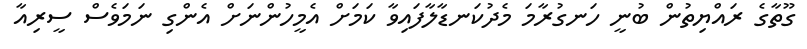
ގޫތާގެ ރައްޔިތުން ބުނީ ހަނގުރާމަ މެދުކަނޑާލާފައިވާ ކަމަށް އެމީހުންނަށް އެންގި ނަމަވެސް ސީރިއާ